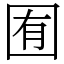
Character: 囿